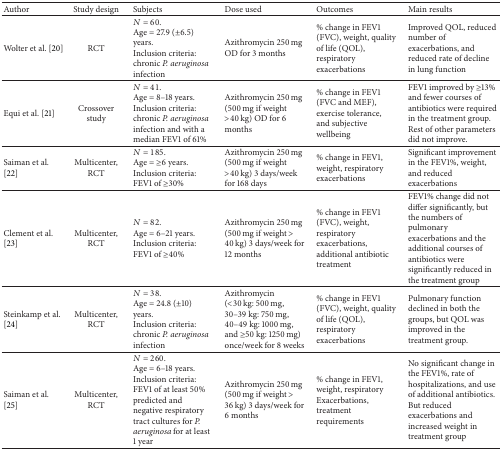
<table><thead><tr><td><b>Author</b></td><td><b>Study design</b></td><td><b>Subjects</b></td><td><b>Dose used</b></td><td><b>Outcomes</b></td><td><b>Main results</b></td></tr></thead><tbody><tr><td>Wolter et al. [20]</td><td>RCT</td><td><i>N</i> = 60.Age = 27.9 (±6.5) years.Inclusion criteria: chronic <i>P. aeruginosa</i> infection</td><td>Azithromycin 250 mg OD for 3 months</td><td>% change in FEV1 (FVC), weight, quality of life (QOL), respiratoryexacerbations</td><td>Improved QOL, reduced number of exacerbations, and reduced rate of decline in lung function</td></tr><tr><td>Equi et al. [21]</td><td>Crossover study</td><td><i>N</i> = 41. Age = 8–18 years.Inclusion criteria: chronic <i>P. aeruginosa</i> infection and with a median FEV1 of 61% </td><td>Azithromycin 250 mg (500 mg if weight &gt;40 kg) OD for 6 months</td><td>% change in FEV1 (FVC and MEF), exercise tolerance, and subjective wellbeing</td><td>FEV1 improved by ≥13% and fewer courses of antibiotics were required in the treatment group. Rest of other parameters did not improve.</td></tr><tr><td>Saiman et al. [22]</td><td>Multicenter, RCT</td><td><i>N</i> = 185. Age = ≥6 years.Inclusion criteria: FEV1 of ≥30%</td><td>Azithromycin 250 mg (500 mg if weight &gt;40 kg) 3 days/week for 168 days</td><td>% change in FEV1, weight, respiratoryexacerbations</td><td>Significant improvement in the FEV1%, weight, and reduced exacerbations</td></tr><tr><td>Clement et al. [23]</td><td>Multicenter, RCT</td><td><i>N</i> = 82. Age = 6–21 years.Inclusion criteria: FEV1 of ≥40%</td><td>Azithromycin 250 mg (500 mg if weight &gt; 40 kg) 3 days/week for 12 months</td><td>% change in FEV1 (FVC), weight, respiratory exacerbations, additional antibiotic treatment</td><td>FEV1% change did not differ significantly, but the numbers of pulmonary exacerbations and the additional courses of antibiotics were significantly reduced in the treatment group </td></tr><tr><td>Steinkamp et al. [24]</td><td>Multicenter, RCT</td><td><i>N</i> = 38. Age = 24.8 (±10) years.Inclusion criteria: chronic <i>P. aeruginosa</i> infection </td><td>Azithromycin (&lt;30 kg: 500 mg, 30–39 kg: 750 mg, 40–49 kg: 1000 mg, and ≥50 kg: 1250 mg) once/week for 8 weeks</td><td>% change in FEV1 (FVC), weight, quality of life (QOL), respiratoryexacerbations</td><td>Pulmonary function declined in both the groups, but QOL was improved in the treatment group.</td></tr><tr><td>Saiman et al. [25]</td><td>Multicenter, RCT</td><td><i>N</i> = 260. Age = 6–18 years.Inclusion criteria: FEV1 of at least 50% predicted and negative respiratory tract cultures for <i>P. aeruginosa</i> for at least 1 year</td><td>Azithromycin 250 mg (500 mg if weight &gt; 36 kg) 3 days/week for 6 months</td><td>% change in FEV1, weight, respiratoryExacerbations, treatment requirements</td><td>No significant change in the FEV1%, rate of hospitalizations, and use of additional antibiotics. But reduced exacerbations and increased weight in treatment group</td></tr></tbody></table>